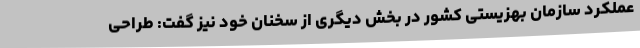
عملکرد سازمان بهزیستی کشور در بخش دیگری از سخنان خود نیز گفت: طراحی